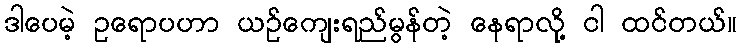
ဒါပေမဲ့ ဥရောပဟာ ယဉ်ကျေးရည်မွန်တဲ့ နေရာလို့ ငါ ထင်တယ်။